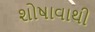
શોષાવાથી